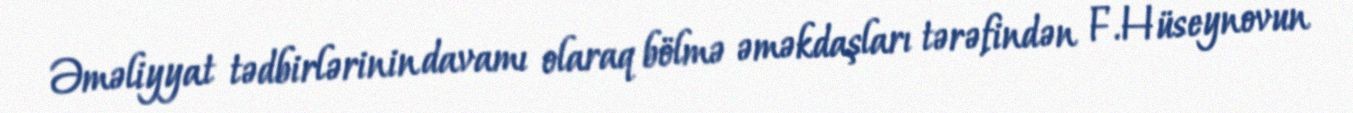
Əməliyyat tədbirlərinin davamı olaraq bölmə əməkdaşları tərəfindən F.Hüseynovun